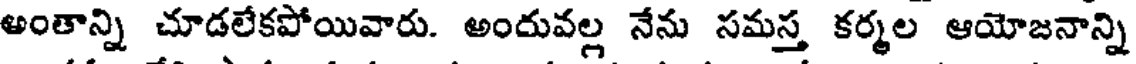
అంతాన్ని చూడలేకపోయివారు. అందువల్ల నేను సమస్త కర్మల ఆయోజనాన్ని